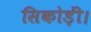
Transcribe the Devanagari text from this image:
सिकोड़ीं।